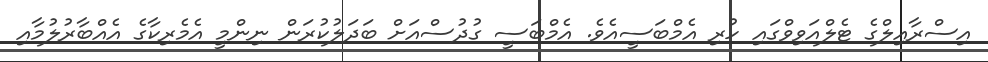
އިސްރާއިލްގެ ޓެލްއަވިވްގައި ހުރި އެމްބަސީއެވެ. އެމްބަސީ ގުދުސްއަށް ބަދަލުކުރަން ނިންމީ އެމެރިކާގެ އެއްބާރުލުމާއި